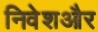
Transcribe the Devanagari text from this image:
निवेशऔर